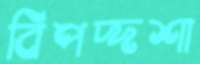
বিপদ্দশা